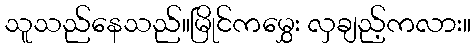
သူသည်နေသည်။မြိုင်ကမွှေး လှချည့်ကလား။